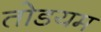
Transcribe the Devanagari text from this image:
तोडयम